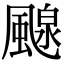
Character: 𩘘